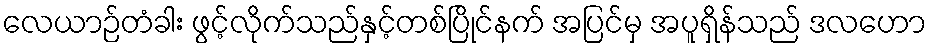
လေယာဉ်တံခါး ဖွင့်လိုက်သည်နှင့်တစ်ပြိုင်နက် အပြင်မှ အပူရှိန်သည် ဒလဟော